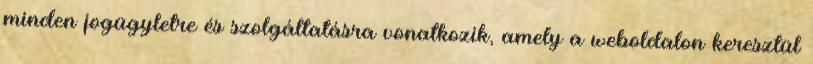
minden jogügyletre és szolgáltatásra vonatkozik, amely a weboldalon keresztül